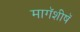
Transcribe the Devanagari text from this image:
मागॅशीषॅ